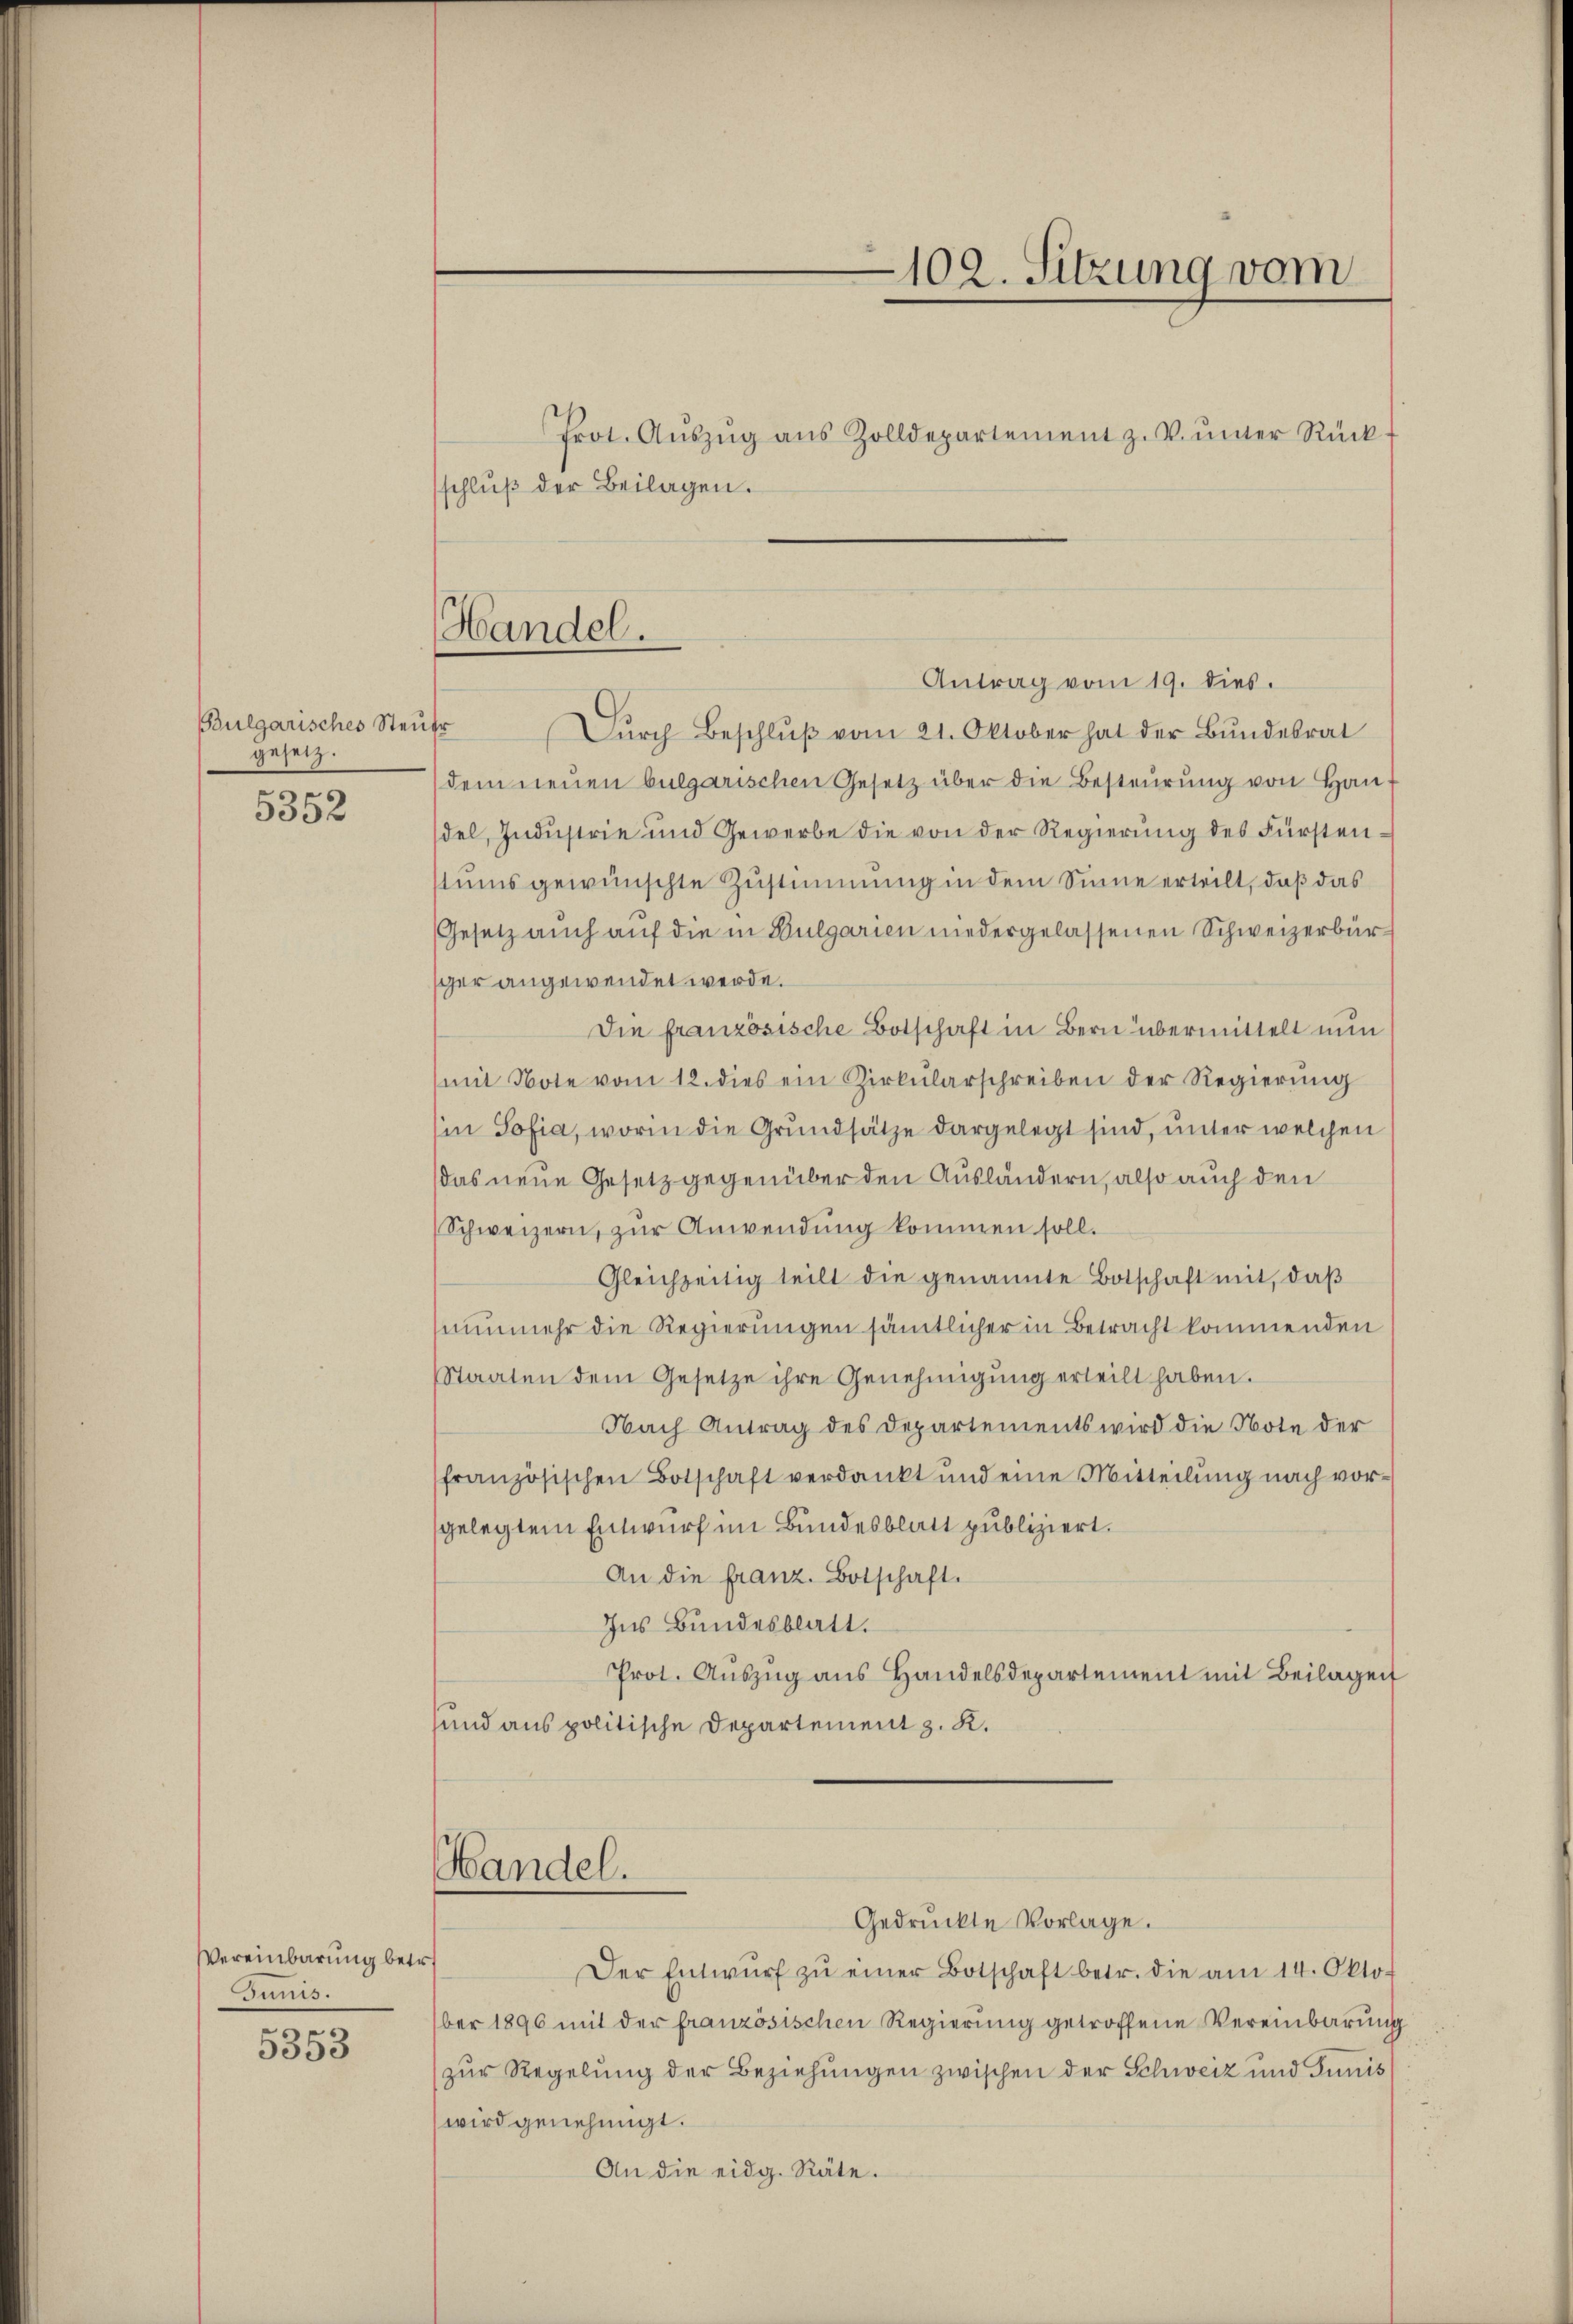
Bulgarisches Steuer
gesetz.
5352

Vereinbarung betr.
Junis.
.
3353

schluß der Beilagen.
Antrag vom 19. dies.
Dŭrch Beschlŭβ vom 21. Oktober hat der Bŭndesrat
dem neŭen bulgarischen Gesetz über die Besteŭrŭng von Handel, Industrie und Gewerbe die von der Regierung des Fürstenstums gewünschte Zustimmung in dem Sinne erteilt, daß das
Gesetz auch auf die in Bulgarien niedergelassenen Schweizerbürsger angewendet werde.
Die französische Botschaft in Bern übermittelt nun
mit Note vom 12. dies ein Zirkŭlarschreiben der Regierŭng
Ein Sofia, worin die Grundsätze dargelegt sind, unter welchen
das neue Gesetz gegenüber den Ausländern, also auch den
Schweizern, zur Anwendung kommen soll.
Gleichzeitig teilt die genannte Botschaft mit, daß
nunmehr die Regierungen sämtlicher in Betracht kommenden
Staaten dem Gesetze ihre Genehmigŭng erteilt haben.
Nach Antrag des Departements wird die Note der
französischen Botschaft verdankt und eine Mitteilung nach vorgelegtem Entwurf im Bundesblatt publiziert.
An die franz. Botschaft.
Ins Bundesblatt.
Prot. Aŭszŭg ans Handelsdepartement mit Beilagen
sund aus politische Departement z. K.
Handel.
Gedruckte Vorlage.
Der Entwŭrf zŭ einer Botschaft betr. die am 14. Okto-
ber 1896 mit der französischen Regierung getroffene Vereinbarung
zur Regelung der Beziehungen zwischen der Schweiz und Junis
wird genehmigt.
An die eidg. Räte.

Handel.

Prot. Aŭszŭg aŭs Zolldepartement z. V. ŭnter Rück

102. Sitzung vom